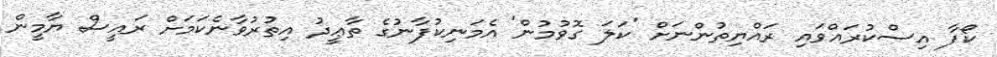
ކޯފާ އިސްކުރައްވައި ރައްޔިތުންނަށް 'ކަލަ ގޮވުމުން' އެމަނިކުފާނުގެ ތާޢީދު އިތުރުވާނެކަމަށް ރައީސް ޔާމީން